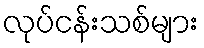
လုပ်ငန်းသစ်များ